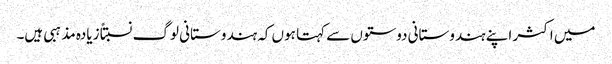
میں اکثر اپنے ہندوستانی دوستوں سے کہتا ہوں کہ ہندوستانی لوگ نسبتاً زیادہ مذہبی ہیں۔